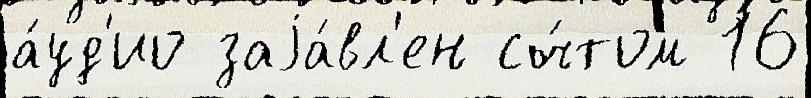
а́уд'ио заjа́вл'ен сч́том 16